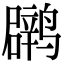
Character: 䴙